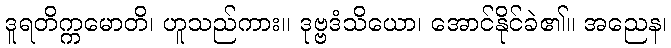
ဒူရတိက္ကမောတိ၊ ဟူသည်ကား။ ဒုဗ္ဗဒံသိယော၊ အောင်နိုင်ခဲ၏။ အညေန၊